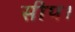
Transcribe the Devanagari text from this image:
सीप।